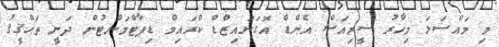
މި މައްސަލަ މިހާރު ސީރިއަސް އެންޑް އޮގަނައިޒްޑް ކްރައިމް ޑިޕާޓްމަންޓުން ދަނީ ތަޙްޤީޤު